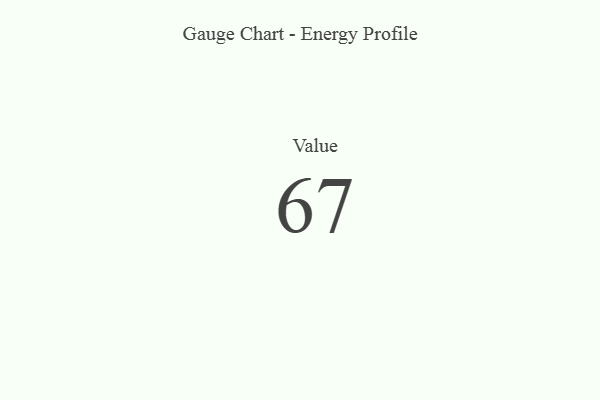
{"axis": {"x": "Metric", "y": "Value"}, "legend": [""], "data": [{"x": "Value", "y": 67, "type": ""}]}